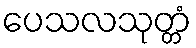
ပေသလသုတ္တံ